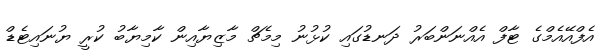
އެފްއޭއެމްގެ ޓާފް އެއްނަންބަރު ދަނޑުގައި ކުޅުނު މިމެޗް މާޒިޔާއިން ކާމިޔާބު ކުރީ ޔުނައިޓެޑް